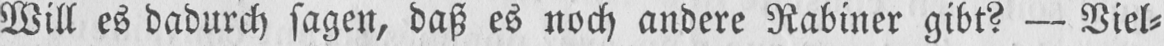
Will es dadurch sagen, daß es noch andere Rabiner gibt? - Viel⸗